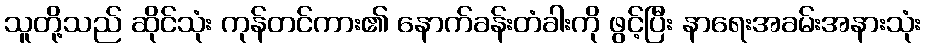
သူတို့သည် ဆိုင်သုံး ကုန်တင်ကား၏ နောက်ခန်းတံခါးကို ဖွင့်ပြီး နာရေးအခမ်းအနားသုံး